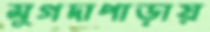
মুগদাপাড়ায়